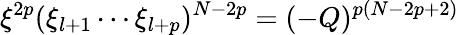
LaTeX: \xi^{2p}(\xi_{l+1}\cdots\xi_{l+p})^{N-2p}=(-Q)^{p(N-2p+2)}